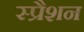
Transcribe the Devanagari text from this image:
स्प्रैशन